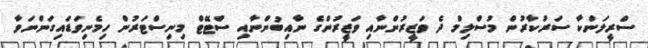
ސްރީލަންކާ ސަރުކާރުން މުސްލިމް ދެ ވަޒީރުންނާއި ވަޒީރުންގެ ނާއިބުންނާއި ސްޓޭޓް މިނިސްޓަރުން ހިމެނިވަޑައިގަންނަވާ